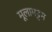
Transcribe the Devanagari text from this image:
मूलामट्टम